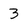
Character: 3